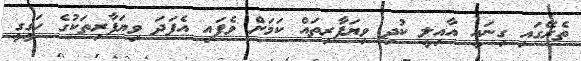
ތެރޭގައި ގިނައީ އާއިލީ ކުދި ވިޔަފާރިތައް ކަމަށް ވެފައި އެފަދަ ވިޔަފާރިތަކުގެ ހަގީގީ